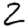
Digit: 2